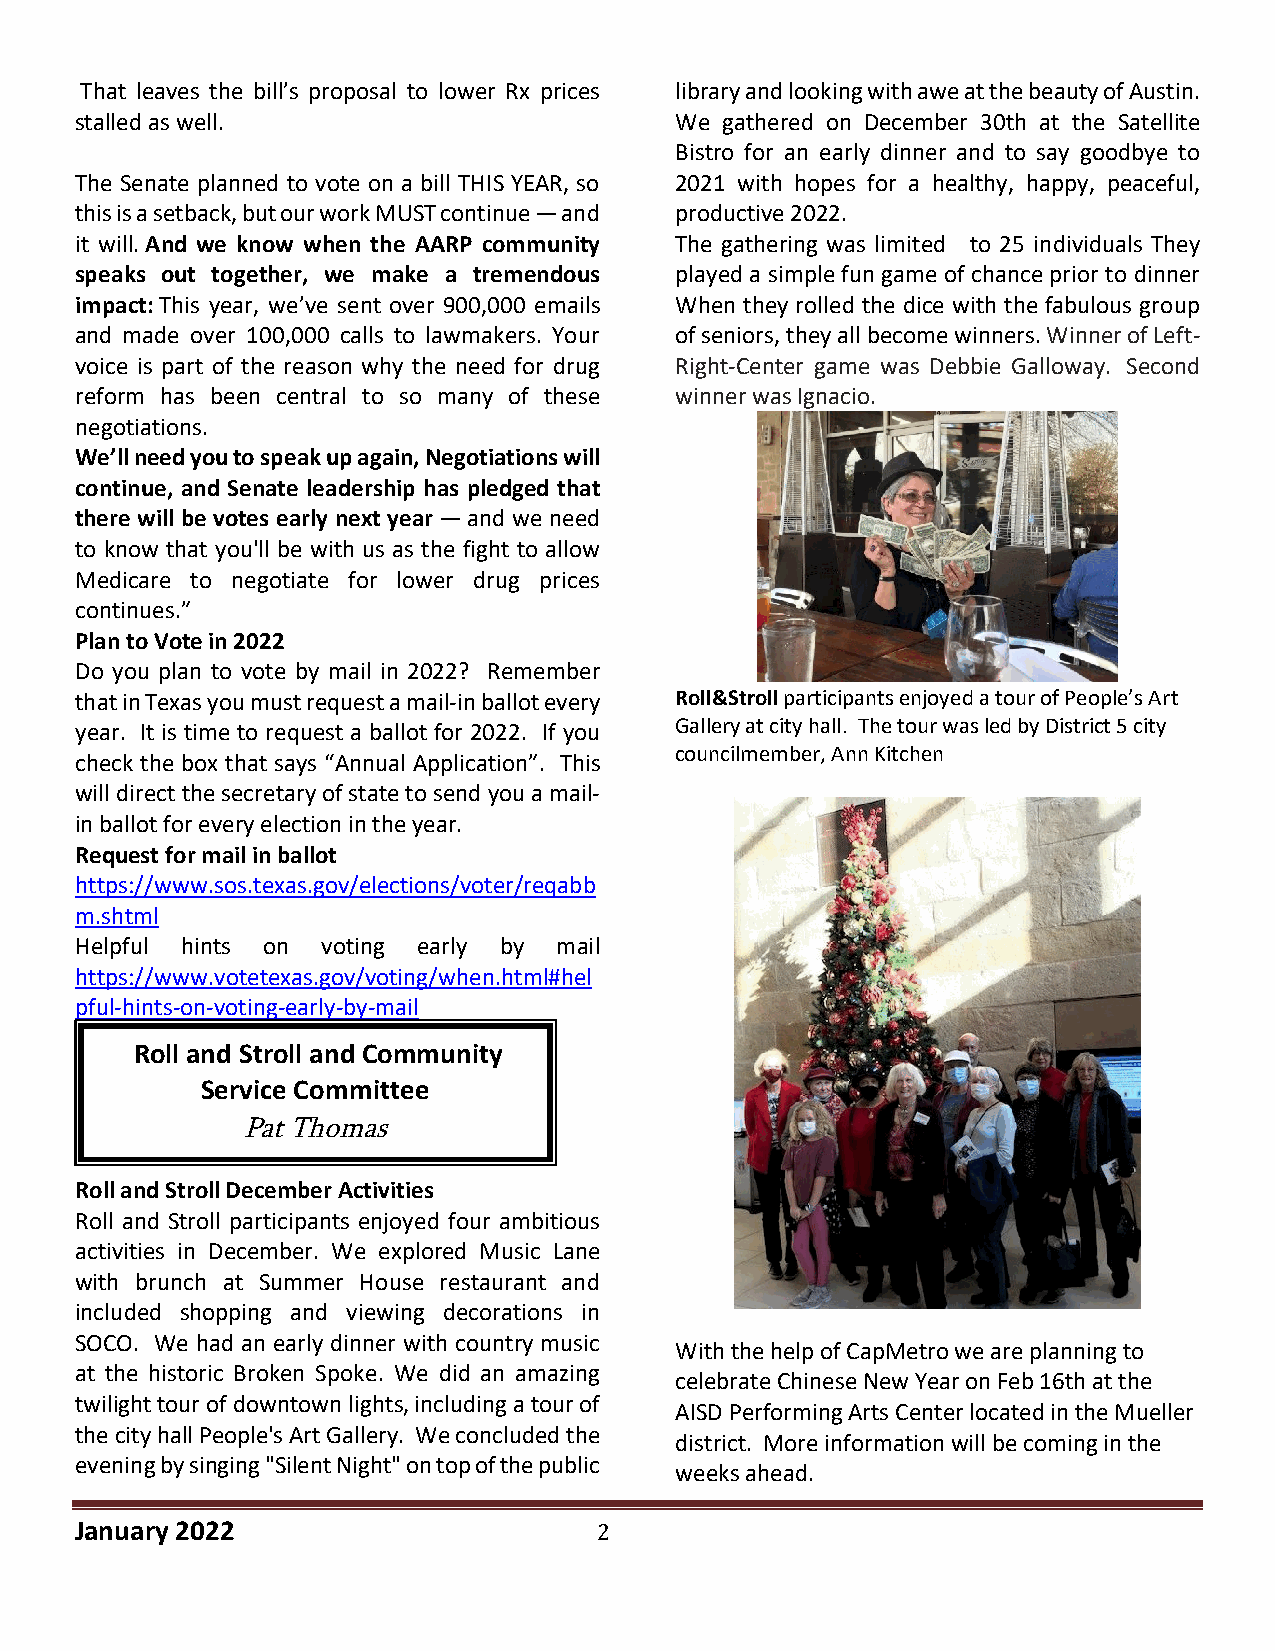
That leaves the bill’s proposal to lower Rx prices library and looking with awe at the beauty of Austin.
 stalled as well.                        We gathered on December 30th at the Satellite
 Bistro for an early dinner and to say goodbye to
 The Senate planned to vote on a bill THIS YEAR, so 2021 with hopes for a healthy, happy, peaceful,
 this is a setback, but our work MUST continue — and productive 2022.
 it will. And we know when the AARP community The gathering was limited to 25 individuals They
 speaks out together, we make a tremendous played a simple fun game of chance prior to dinner
 impact: This year, we’ve sent over 900,000 emails When they rolled the dice with the fabulous group
 and made over 100,000 calls to lawmakers. Your of seniors, they all become winners. Winner of Left-
 voice is part of the reason why the need for drug Right-Center game was Debbie Galloway. Second
 reform has been central to so many of these winner was Ignacio.
 negotiations.
 We’ll need you to speak up again, Negotiations will
 continue, and Senate leadership has pledged that
 there will be votes early next year — and we need
 to know that you'll be with us as the fight to allow
 Medicare to negotiate for lower drug prices
 continues.”
 Plan to Vote in 2022
 Do you plan to vote by mail in 2022? Remember
 that in Texas you must request a mail-in ballot every Roll&Stroll participants enjoyed a tour of People’s Art
 year. It is time to request a ballot for 2022. If you Gallery at city hall. The tour was led by District 5 city
 councilmember, Ann Kitchen
 check the box that says “Annual Application”. This
 will direct the secretary of state to send you a mail-
 in ballot for every election in the year.
 Request for mail in ballot
 https://www.sos.texas.gov/elections/voter/reqabb
 m.shtml
 Helpful hints on voting early by mail
 https://www.votetexas.gov/voting/when.html#hel
 pful-hints-on-voting-early-by-mail
 Roll and Stroll and Community
 Service Committee
 Pat Thomas
 Roll and Stroll December Activities
 Roll and Stroll participants enjoyed four ambitious
 activities in December. We explored Music Lane
 with brunch at Summer House restaurant and
 included shopping and viewing decorations in
 SOCO. We had an early dinner with country music
 With the help of CapMetro we are planning to
 at the historic Broken Spoke. We did an amazing
 celebrate Chinese New Year on Feb 16th at the
 twilight tour of downtown lights, including a tour of
 AISD Performing Arts Center located in the Mueller
 the city hall People's Art Gallery. We concluded the
 district. More information will be coming in the
 evening by singing "Silent Night" on top of the public
 weeks ahead.
 January 2022                       2